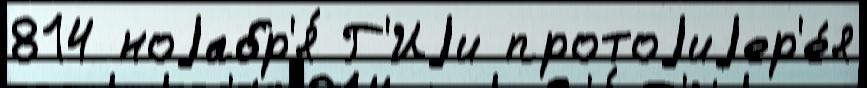
814 ноjабр'я́ Г'Иjи протоjиjер'е́я